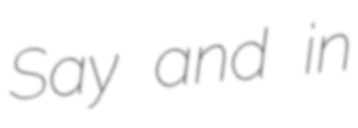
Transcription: Say and in